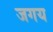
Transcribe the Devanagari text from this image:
जगय